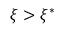
\xi > \xi ^ { * }